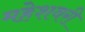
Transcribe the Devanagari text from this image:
महेशवरी